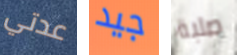
عدتي جيد صلبة